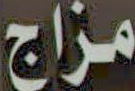
مزاج